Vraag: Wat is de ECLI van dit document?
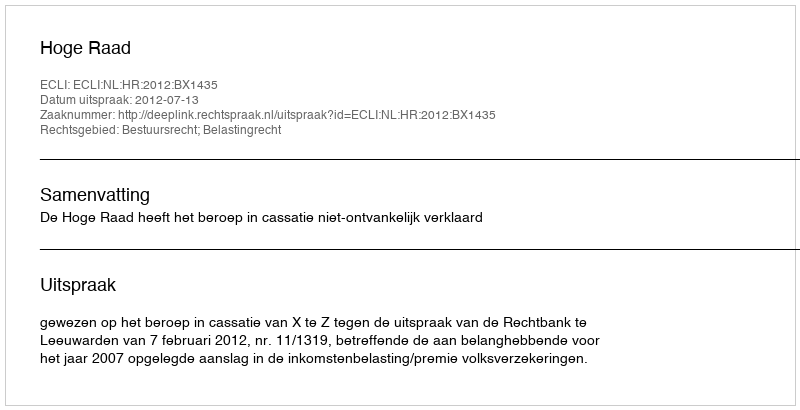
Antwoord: ECLI:NL:HR:2012:BX1435